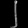
Digit: ၂